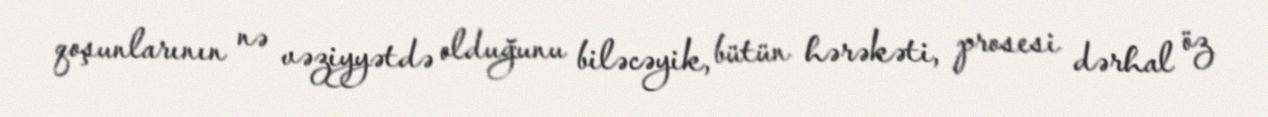
qoşunlarının nə vəziyyətdə olduğunu biləcəyik, bütün hərəkəti, prosesi dərhal öz